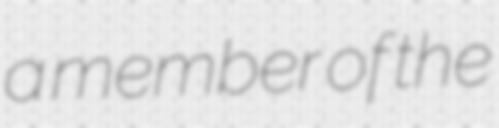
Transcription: a member of the